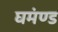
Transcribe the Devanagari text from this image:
घमंण्ड